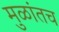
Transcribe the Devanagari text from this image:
मुळांतच